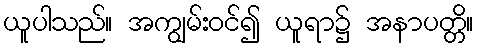
ယူပါသည်။ အကျွမ်းဝင်၍ ယူရာ၌ အနာပတ္တိ။